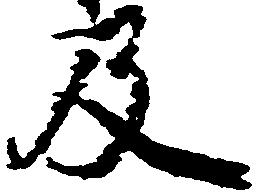
及